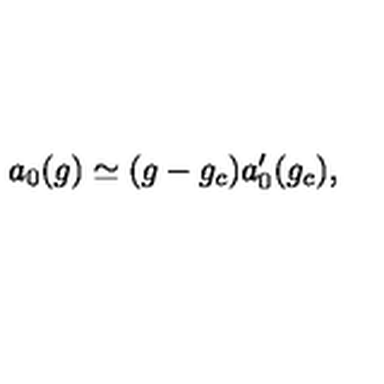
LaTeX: a _ { 0 } ( g ) \simeq ( g - g _ { c } ) a _ { 0 } ^ { \prime } ( g _ { c } ) ,